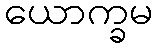
ယောက္ခမ